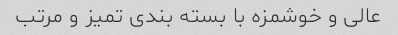
عالی و خوشمزه با بسته بندی تمیز و مرتب